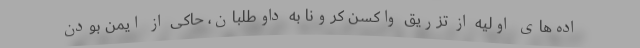
اده‌های اولیه از تزریق واکسن کرونا به داوطلبان، حاکی از ایمن بودن